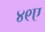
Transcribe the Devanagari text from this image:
४९ए